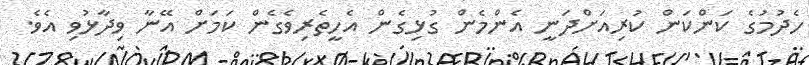
ހެދުމުގެ ކަންކަން ކުރިއަށްދަނީ އެންމެން ގުޅިގެން އެހީތެރިވެގެން ކަމަށް އޭނާ ވިދާޅުވި އެވެ.